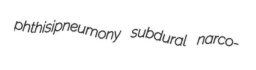
phthisipneumony subdural narco-